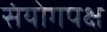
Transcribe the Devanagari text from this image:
संयोगपक्ष